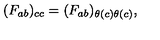
( F _ { a b } ) _ { c c } = ( F _ { a b } ) _ { \theta ( c ) \theta ( c ) } ,